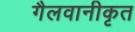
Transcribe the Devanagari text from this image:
गैलवानीकृत